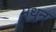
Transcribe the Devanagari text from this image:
मधुन्